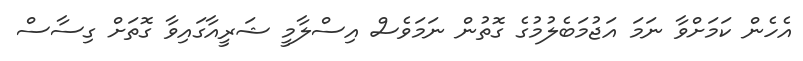
އެހެން ކަމަށްވާ ނަމަ އަޖުމަބެލުމުގެ ގޮތުން ނަމަވެސް އިސްލާމީ ޝަރީއާގައިވާ ގޮތަށް ގިސާސް